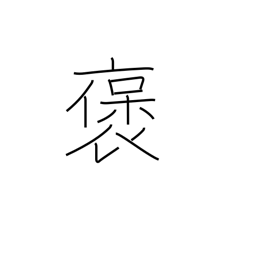
Meaning: extol